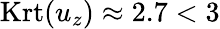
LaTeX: \mathrm{Krt}(u_{z})\approx 2.7<3